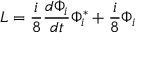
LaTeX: { \cal { L } } = \frac { i } { 8 } \frac { d \Phi _ { i } } { d t } \Phi _ { i } ^ { * } + \frac { i } { 8 } \Phi _ { i }